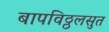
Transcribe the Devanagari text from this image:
बापविठ्ठलसुत